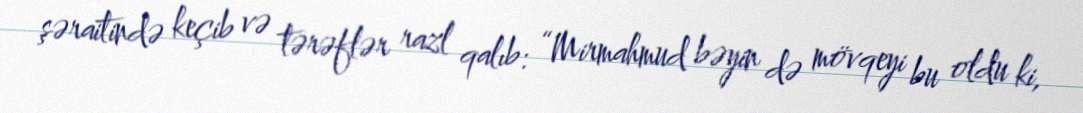
şəraitində keçib və tərəflər razl qalıb: “Mirmahmud bəyin də mövqeyi bu oldu ki,